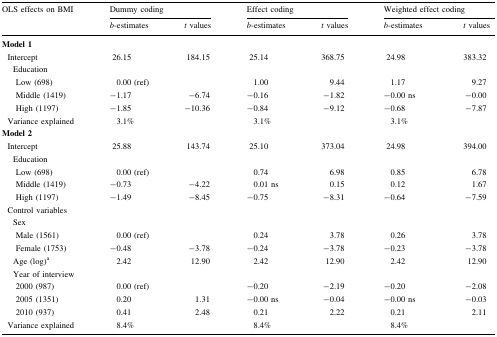
<table><thead><tr><td rowspan="2"><b>OLS effects on BMI</b></td><td colspan="2"><b>Dummy coding</b></td><td colspan="2"><b>Effect coding</b></td><td colspan="2"><b>Weighted effect coding</b></td></tr><tr><td><b><i>b</i>-estimates</b></td><td><b><i>t</i> values</b></td><td><b><i>b</i>-estimates</b></td><td><b><i>t</i> values</b></td><td><b><i>b</i>-estimates</b></td><td><b><i>t</i> values</b></td></tr></thead><tbody><tr><td colspan="7"><b>Model 1</b></td></tr><tr><td> Intercept</td><td>26.15</td><td>184.15</td><td>25.14</td><td>368.75</td><td>24.98</td><td>383.32</td></tr><tr><td colspan="7">Education</td></tr><tr><td>Low (698)</td><td>0.00 (ref)</td><td></td><td>1.00</td><td>9.44</td><td>1.17</td><td>9.27</td></tr><tr><td>Middle (1419)</td><td>−1.17</td><td>−6.74</td><td>−0.16</td><td>−1.82</td><td>−0.00 ns</td><td>−0.00</td></tr><tr><td>High (1197)</td><td>−1.85</td><td>−10.36</td><td>−0.84</td><td>−9.12</td><td>−0.68</td><td>−7.87</td></tr><tr><td> Variance explained</td><td>3.1%</td><td></td><td>3.1%</td><td></td><td>3.1%</td><td></td></tr><tr><td colspan="7"><b>Model 2</b></td></tr><tr><td> Intercept</td><td>25.88</td><td>143.74</td><td>25.10</td><td>373.04</td><td>24.98</td><td>394.00</td></tr><tr><td colspan="7">Education</td></tr><tr><td>Low (698)</td><td>0.00 (ref)</td><td></td><td>0.74</td><td>6.98</td><td>0.85</td><td>6.78</td></tr><tr><td>Middle (1419)</td><td>−0.73</td><td>−4.22</td><td>0.01 ns</td><td>0.15</td><td>0.12</td><td>1.67</td></tr><tr><td>High (1197)</td><td>−1.49</td><td>−8.45</td><td>−0.75</td><td>−8.31</td><td>−0.64</td><td>−7.59</td></tr><tr><td colspan="7"> Control variables</td></tr><tr><td colspan="7">Sex</td></tr><tr><td>Male (1561)</td><td>0.00 (ref)</td><td></td><td>0.24</td><td>3.78</td><td>0.26</td><td>3.78</td></tr><tr><td>Female (1753)</td><td>−0.48</td><td>−3.78</td><td>−0.24</td><td>−3.78</td><td>−0.23</td><td>−3.78</td></tr><tr><td>Age (log)<sup>a</sup></td><td>2.42</td><td>12.90</td><td>2.42</td><td>12.90</td><td>2.42</td><td>12.90</td></tr><tr><td colspan="7">Year of interview</td></tr><tr><td>2000 (987)</td><td>0.00 (ref)</td><td></td><td>−0.20</td><td>−2.19</td><td>−0.20</td><td>−2.08</td></tr><tr><td>2005 (1351)</td><td>0.20</td><td>1.31</td><td>−0.00 ns</td><td>−0.04</td><td>−0.00 ns</td><td>−0.03</td></tr><tr><td>2010 (937)</td><td>0.41</td><td>2.48</td><td>0.21</td><td>2.22</td><td>0.21</td><td>2.11</td></tr><tr><td> Variance explained</td><td>8.4%</td><td></td><td>8.4%</td><td></td><td>8.4%</td><td></td></tr></tbody></table>